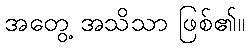
အတွေ့ အသိသာ ဖြစ်၏။